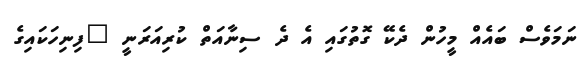
ނަމަވެސް ބައެއް މީހުން ދެކޭ ގޮތުގައި އެ ދެ ސިނާއަތް ކުރިއަރަނީ "ފިނިހަކައިގެ